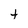
Character: t